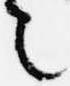
言